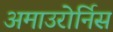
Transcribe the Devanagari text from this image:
अमाउरोर्निस